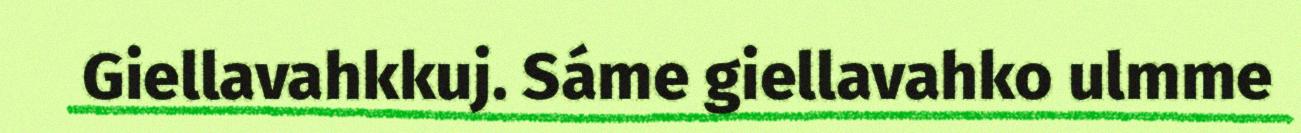
Giellavahkkuj. Sáme giellavahko ulmme